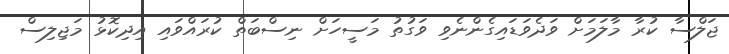
ޖަލްސާ ކުރާ މާލަމަށް ވަދެވަޑައިގެންނެވި ވަގުތު މަސީހަށް ނިސްބަތް ކުރައްވައި އިދިކޮޅު މަޖިލިސް